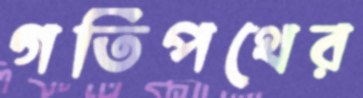
গতিপথের